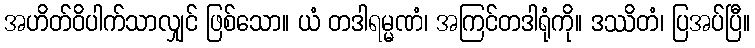
အဟိတ်ဝိပါက်သာလျှင် ဖြစ်သော။ ယံ တဒါရမ္မဏံ၊ အကြင်တဒါရုံကို။ ဒဿိတံ၊ ပြအပ်ပြီ။